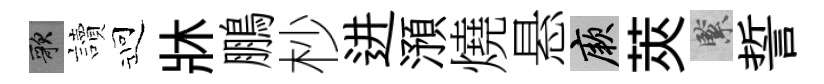
歌讀迎牀鵬杪进澦燒悬厥莢緊誓